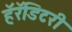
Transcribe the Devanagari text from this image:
हॅरॅडिटरी